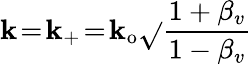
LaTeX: \mathbf{k}\! =\! \mathbf{k}_{+}\! =\! \mathbf{k}_{\mathrm{{o}}}\sqrt{}{{\frac{{1+\beta_{v}}}{{1-\beta_{v}}}}}